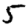
Digit: 5